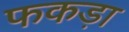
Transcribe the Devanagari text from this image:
फकड़ा